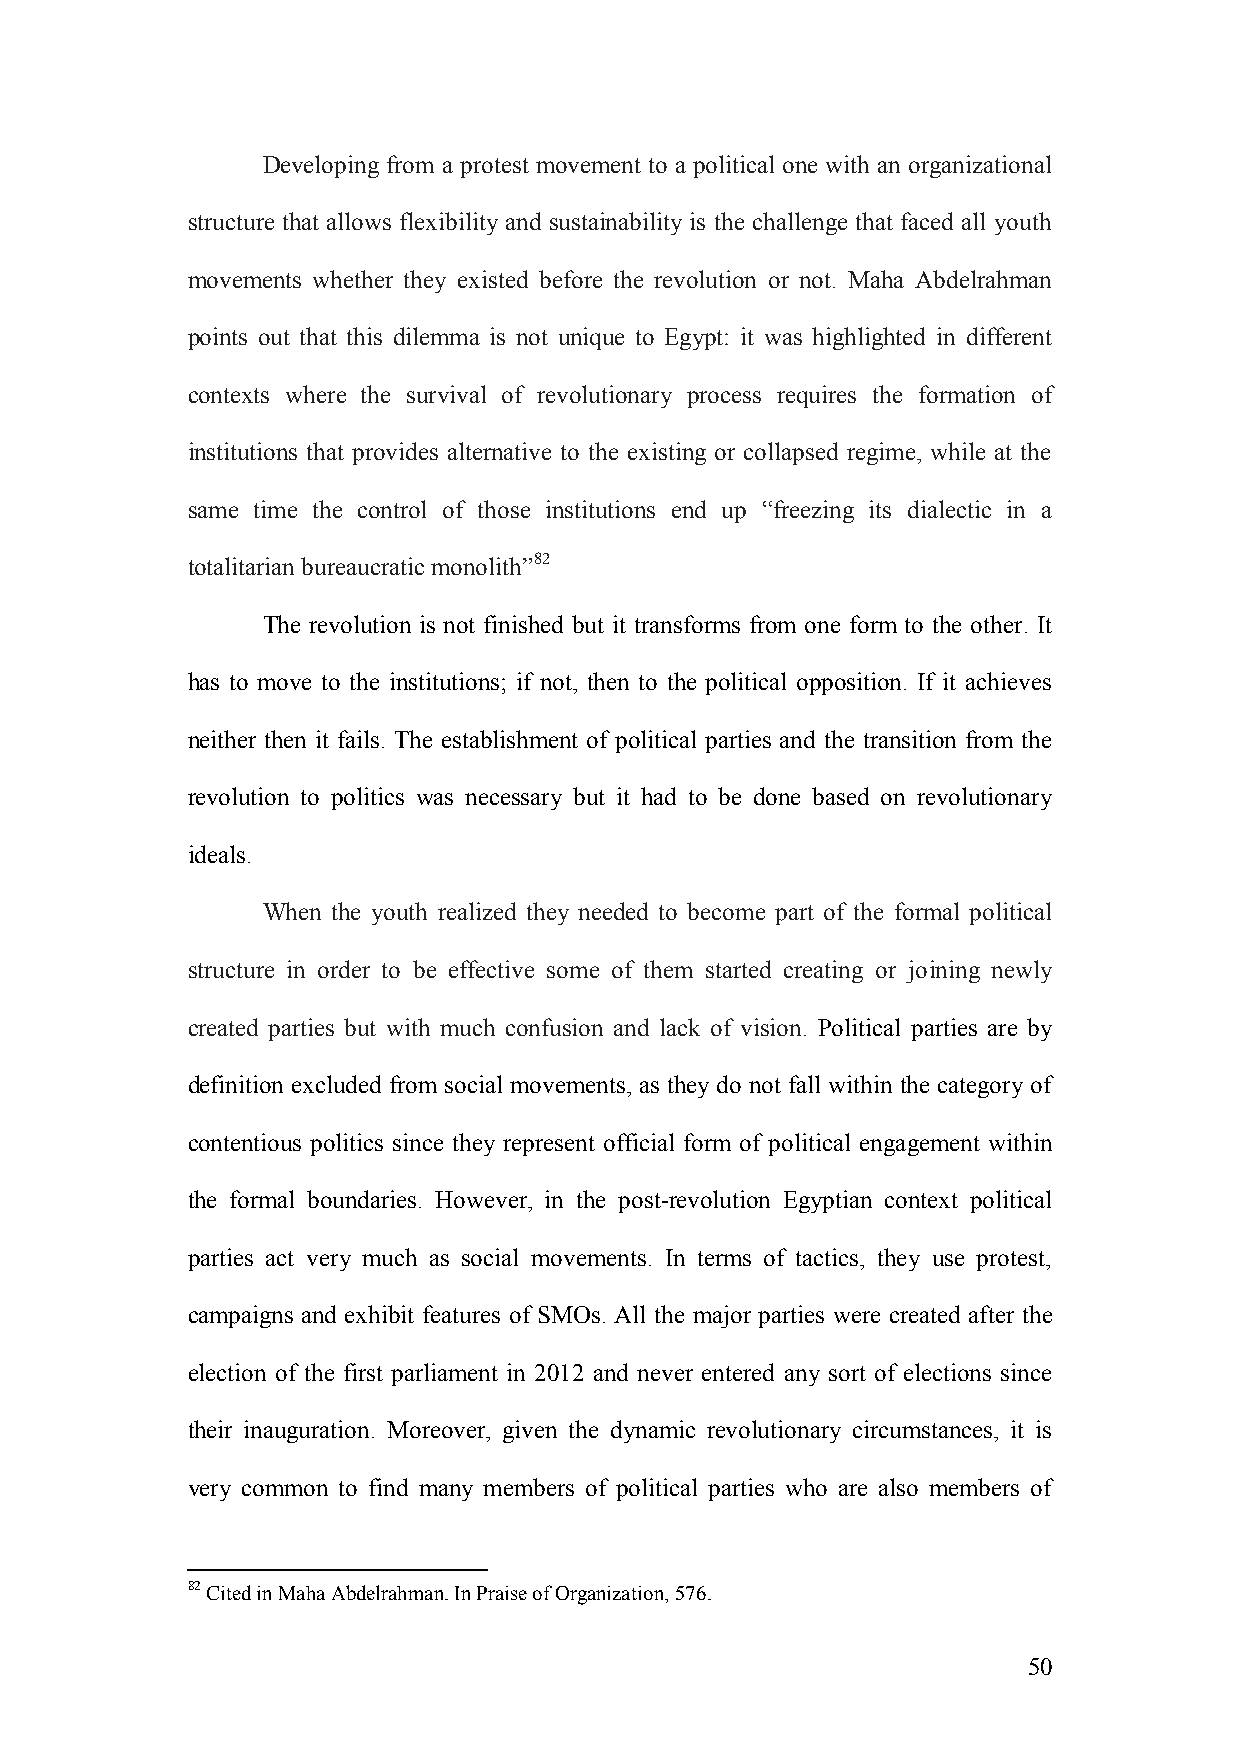
Developing from a protest movement to a political one with an organizational
 structure that allows flexibility and sustainability is the challenge that faced all youth
 movements whether they existed before the revolution or not. Maha Abdelrahman
 points out that this dilemma is not unique to Egypt: it was highlighted in different
 contexts where the survival of revolutionary process requires the formation of
 institutions that provides alternative to the existing or collapsed regime, while at the
 same time the control of those institutions end up “freezing its dialectic in a
 totalitarian bureaucratic monolith”82
 The revolution is not finished but it transforms from one form to the other. It
 has to move to the institutions; if not, then to the political opposition. If it achieves
 neither then it fails. The establishment of political parties and the transition from the
 revolution to politics was necessary but it had to be done based on revolutionary
 ideals.
 When the youth realized they needed to become part of the formal political
 structure in order to be effective some of them started creating or joining newly
 created parties but with much confusion and lack of vision. Political parties are by
 definition excluded from social movements, as they do not fall within the category of
 contentious politics since they represent official form of political engagement within
 the formal boundaries. However, in the post-revolution Egyptian context political
 parties act very much as social movements. In terms of tactics, they use protest,
 campaigns and exhibit features of SMOs. All the major parties were created after the
 election of the first parliament in 2012 and never entered any sort of elections since
 their inauguration. Moreover, given the dynamic revolutionary circumstances, it is
 very common to find many members of political parties who are also members of
 82 Cited in Maha Abdelrahman. In Praise of Organization, 576.
 50